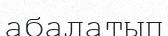
абалатып